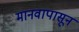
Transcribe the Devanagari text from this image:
मानवापासून